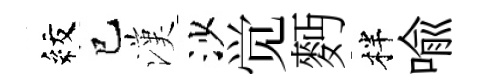
紋巳漢沙觉麪柈喩